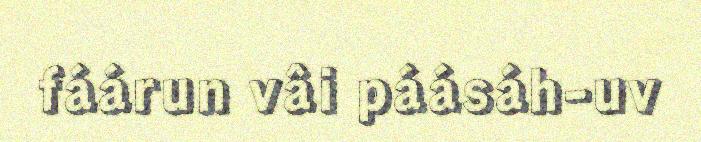
fáárun vâi páásáh-uv